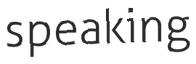
speaking